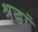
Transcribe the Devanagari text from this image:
श्रद्धां